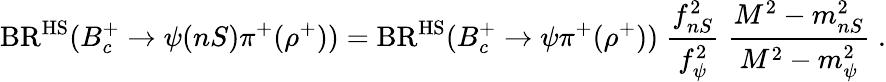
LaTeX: \mathrm{BR}^{\mathrm{HS}}(B_{c}^{+}\to\psi(nS)\pi^{+}(\rho^{+}))=\mathrm{BR}^{\mathrm{HS}}(B_{c}^{+}\to\psi\pi^{+}(\rho^{+}))\; \frac{f_{nS}^{2}}{f_{\psi}^{2}}\; \frac{M^{2}-m_{nS}^{2}}{M^{2}-m_{\psi}^{2}}\; .